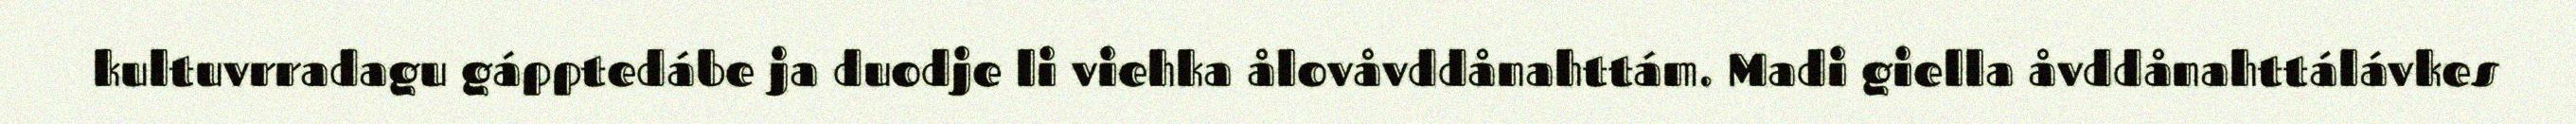
kultuvrradagu gápptedábe ja duodje li viehka ålovåvddånahttám. Madi giella åvddånahttálávkes